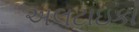
અલટાઇકા